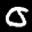
Label: 0